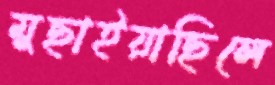
মুছাইয়াছিলে